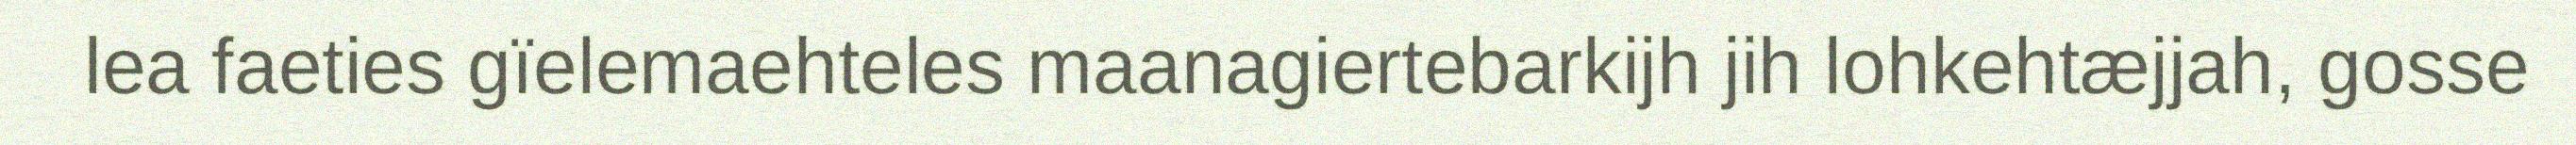
lea faeties gïelemaehteles maanagiertebarkijh jih lohkehtæjjah, gosse